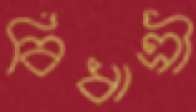
বিধাত্রী